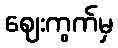
ဈေးကွက်မှ